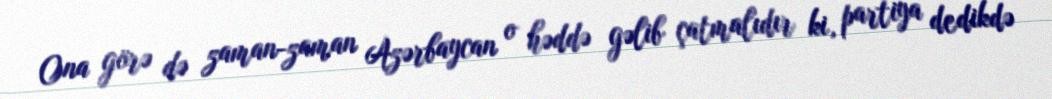
Ona görə də zaman-zaman Azərbaycan o həddə gəlib çatmalıdır ki, partiya dedikdə